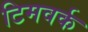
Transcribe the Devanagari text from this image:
टिमवर्क